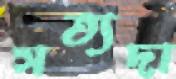
সত্যদা